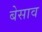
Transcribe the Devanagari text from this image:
बेसाव